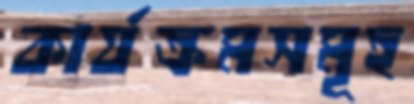
কার্যক্রমসমূহ